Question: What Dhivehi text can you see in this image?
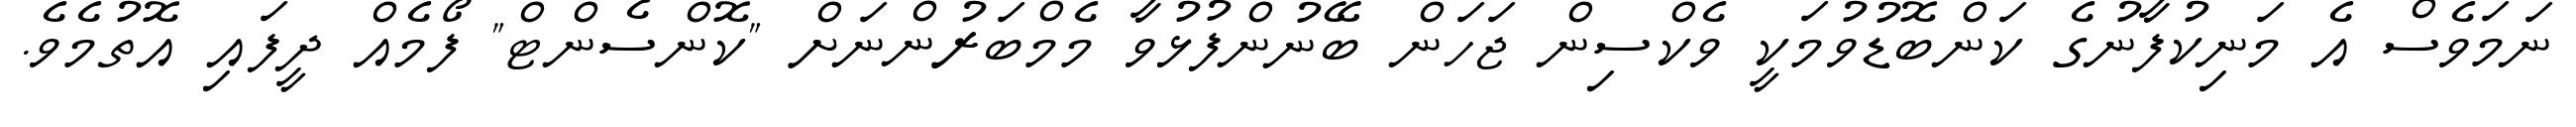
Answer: ނަމަވެސް އެ މަނިކުފާނުގެ ކަންބޮޑުވުމަކީ ވެކްސިން ޖަހަން ބޭނުންފުޅުވާ މެމްބަރުންނަށް "ކޮންސެންޓް" ފޯމެއް ދީފައި އޮތުމެވެ.